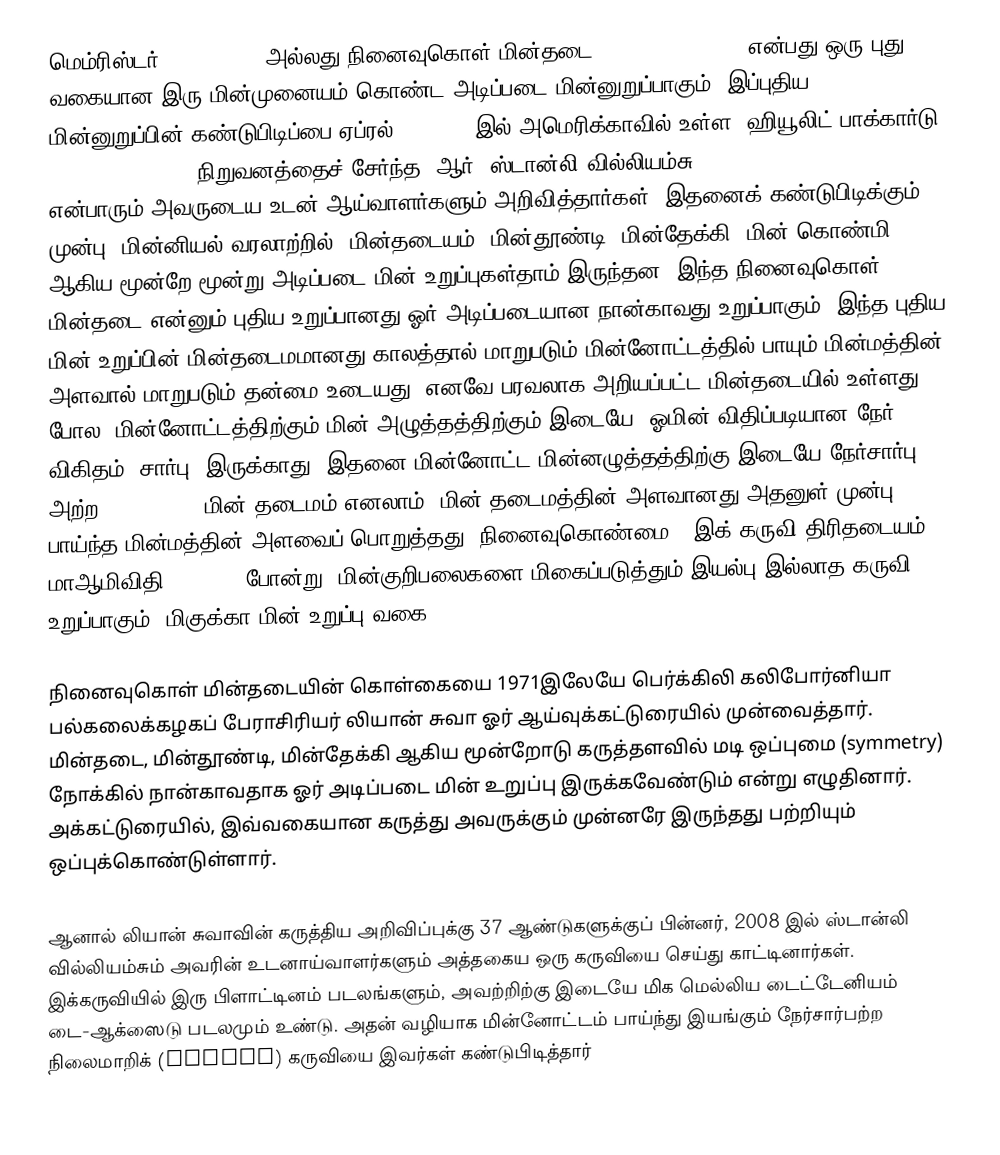
மெம்ரிஸ்டர் (Memristor) அல்லது நினைவுகொள் மின்தடை (memory resistor) என்பது ஒரு புது வகையான இரு மின்முனையம் கொண்ட அடிப்படை மின்னுறுப்பாகும். இப்புதிய மின்னுறுப்பின் கண்டுபிடிப்பை ஏப்ரல் 30, 2008 இல் அமெரிக்காவில் உள்ள "ஹியூலிட் பாக்கார்டு" (Hewlett-Packard) நிறுவனத்தைச் சேர்ந்த "ஆர். ஸ்டான்லி வில்லியம்சு" (R. Stanley Williams) என்பாரும் அவருடைய உடன் ஆய்வாளர்களும் அறிவித்தார்கள். இதனைக் கண்டுபிடிக்கும் முன்பு, மின்னியல் வரலாற்றில், மின்தடையம், மின்தூண்டி, மின்தேக்கி (மின் கொண்மி) ஆகிய மூன்றே மூன்று அடிப்படை மின் உறுப்புகள்தாம் இருந்தன. இந்த நினைவுகொள் மின்தடை என்னும் புதிய உறுப்பானது ஓர் அடிப்படையான நான்காவது உறுப்பாகும். இந்த புதிய மின் உறுப்பின் மின்தடைமமானது காலத்தால் மாறுபடும் மின்னோட்டத்தில் பாயும் மின்மத்தின் அளவால் மாறுபடும் தன்மை உடையது. எனவே பரவலாக அறியப்பட்ட மின்தடையில் உள்ளது போல, மின்னோட்டத்திற்கும் மின் அழுத்தத்திற்கும் இடையே, ஓமின் விதிப்படியான நேர் விகிதம் (சார்பு) இருக்காது. இதனை மின்னோட்ட-மின்னழுத்தத்திற்கு இடையே நேர்சார்பு அற்ற (nonlinear) மின் தடைமம் எனலாம். மின் தடைமத்தின் அளவானது அதனுள் முன்பு பாய்ந்த மின்மத்தின் அளவைப் பொறுத்தது (நினைவுகொண்மை). இக் கருவி திரிதடையம், மாஆமிவிதி (MOSFET) போன்று, மின்குறிபலைகளை மிகைப்படுத்தும் இயல்பு இல்லாத கருவி உறுப்பாகும் (மிகுக்கா மின் உறுப்பு வகை).

நினைவுகொள் மின்தடையின் கொள்கையை 1971இலேயே பெர்க்கிலி கலிபோர்னியா பல்கலைக்கழகப் பேராசிரியர் லியான் சுவா ஓர் ஆய்வுக்கட்டுரையில் முன்வைத்தார். மின்தடை, மின்தூண்டி, மின்தேக்கி ஆகிய மூன்றோடு கருத்தளவில் மடி ஒப்புமை (symmetry) நோக்கில் நான்காவதாக ஓர் அடிப்படை மின் உறுப்பு இருக்கவேண்டும் என்று எழுதினார். அக்கட்டுரையில், இவ்வகையான கருத்து அவருக்கும் முன்னரே இருந்தது பற்றியும் ஒப்புக்கொண்டுள்ளார்.

ஆனால் லியான் சுவாவின் கருத்திய அறிவிப்புக்கு 37 ஆண்டுகளுக்குப் பின்னர், 2008 இல் ஸ்டான்லி வில்லியம்சும் அவரின் உடனாய்வாளர்களும் அத்தகைய ஒரு கருவியை செய்து காட்டினார்கள். இக்கருவியில் இரு பிளாட்டினம் படலங்களும், அவற்றிற்கு இடையே மிக மெல்லிய டைட்டேனியம் டை-ஆக்ஸைடு படலமும் உண்டு. அதன் வழியாக மின்னோட்டம் பாய்ந்து இயங்கும் நேர்சார்பற்ற நிலைமாறிக் (switch) கருவியை இவர்கள் கண்டுபிடித்தார்